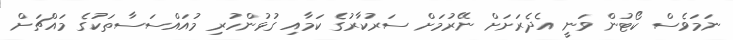
ނަމަވެސް ކޯޓުން ވަނީ އެދެރަށަށް ނޭރުމަށް ސަރުކާރުގެ ކަމާއި ގުޅުންހުރި މުއައްސަސާތަކުގެ މައްޗަށް